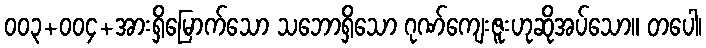
၀၀၃+၀၀၄+အားရှိမြောက်သော သဘောရှိသော ဂုဏ်ကျေးဇူးဟုဆိုအပ်သော။ တပေါ၊